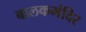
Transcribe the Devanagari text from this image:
बालकमंदिर